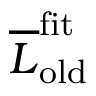
\overline { { L } } _ { \mathrm { o l d } } ^ { \mathrm { f i t } }